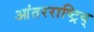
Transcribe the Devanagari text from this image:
आंतरराष्ट्रिय्